Eesti_Ajutine_Maanoukogu, lk 9
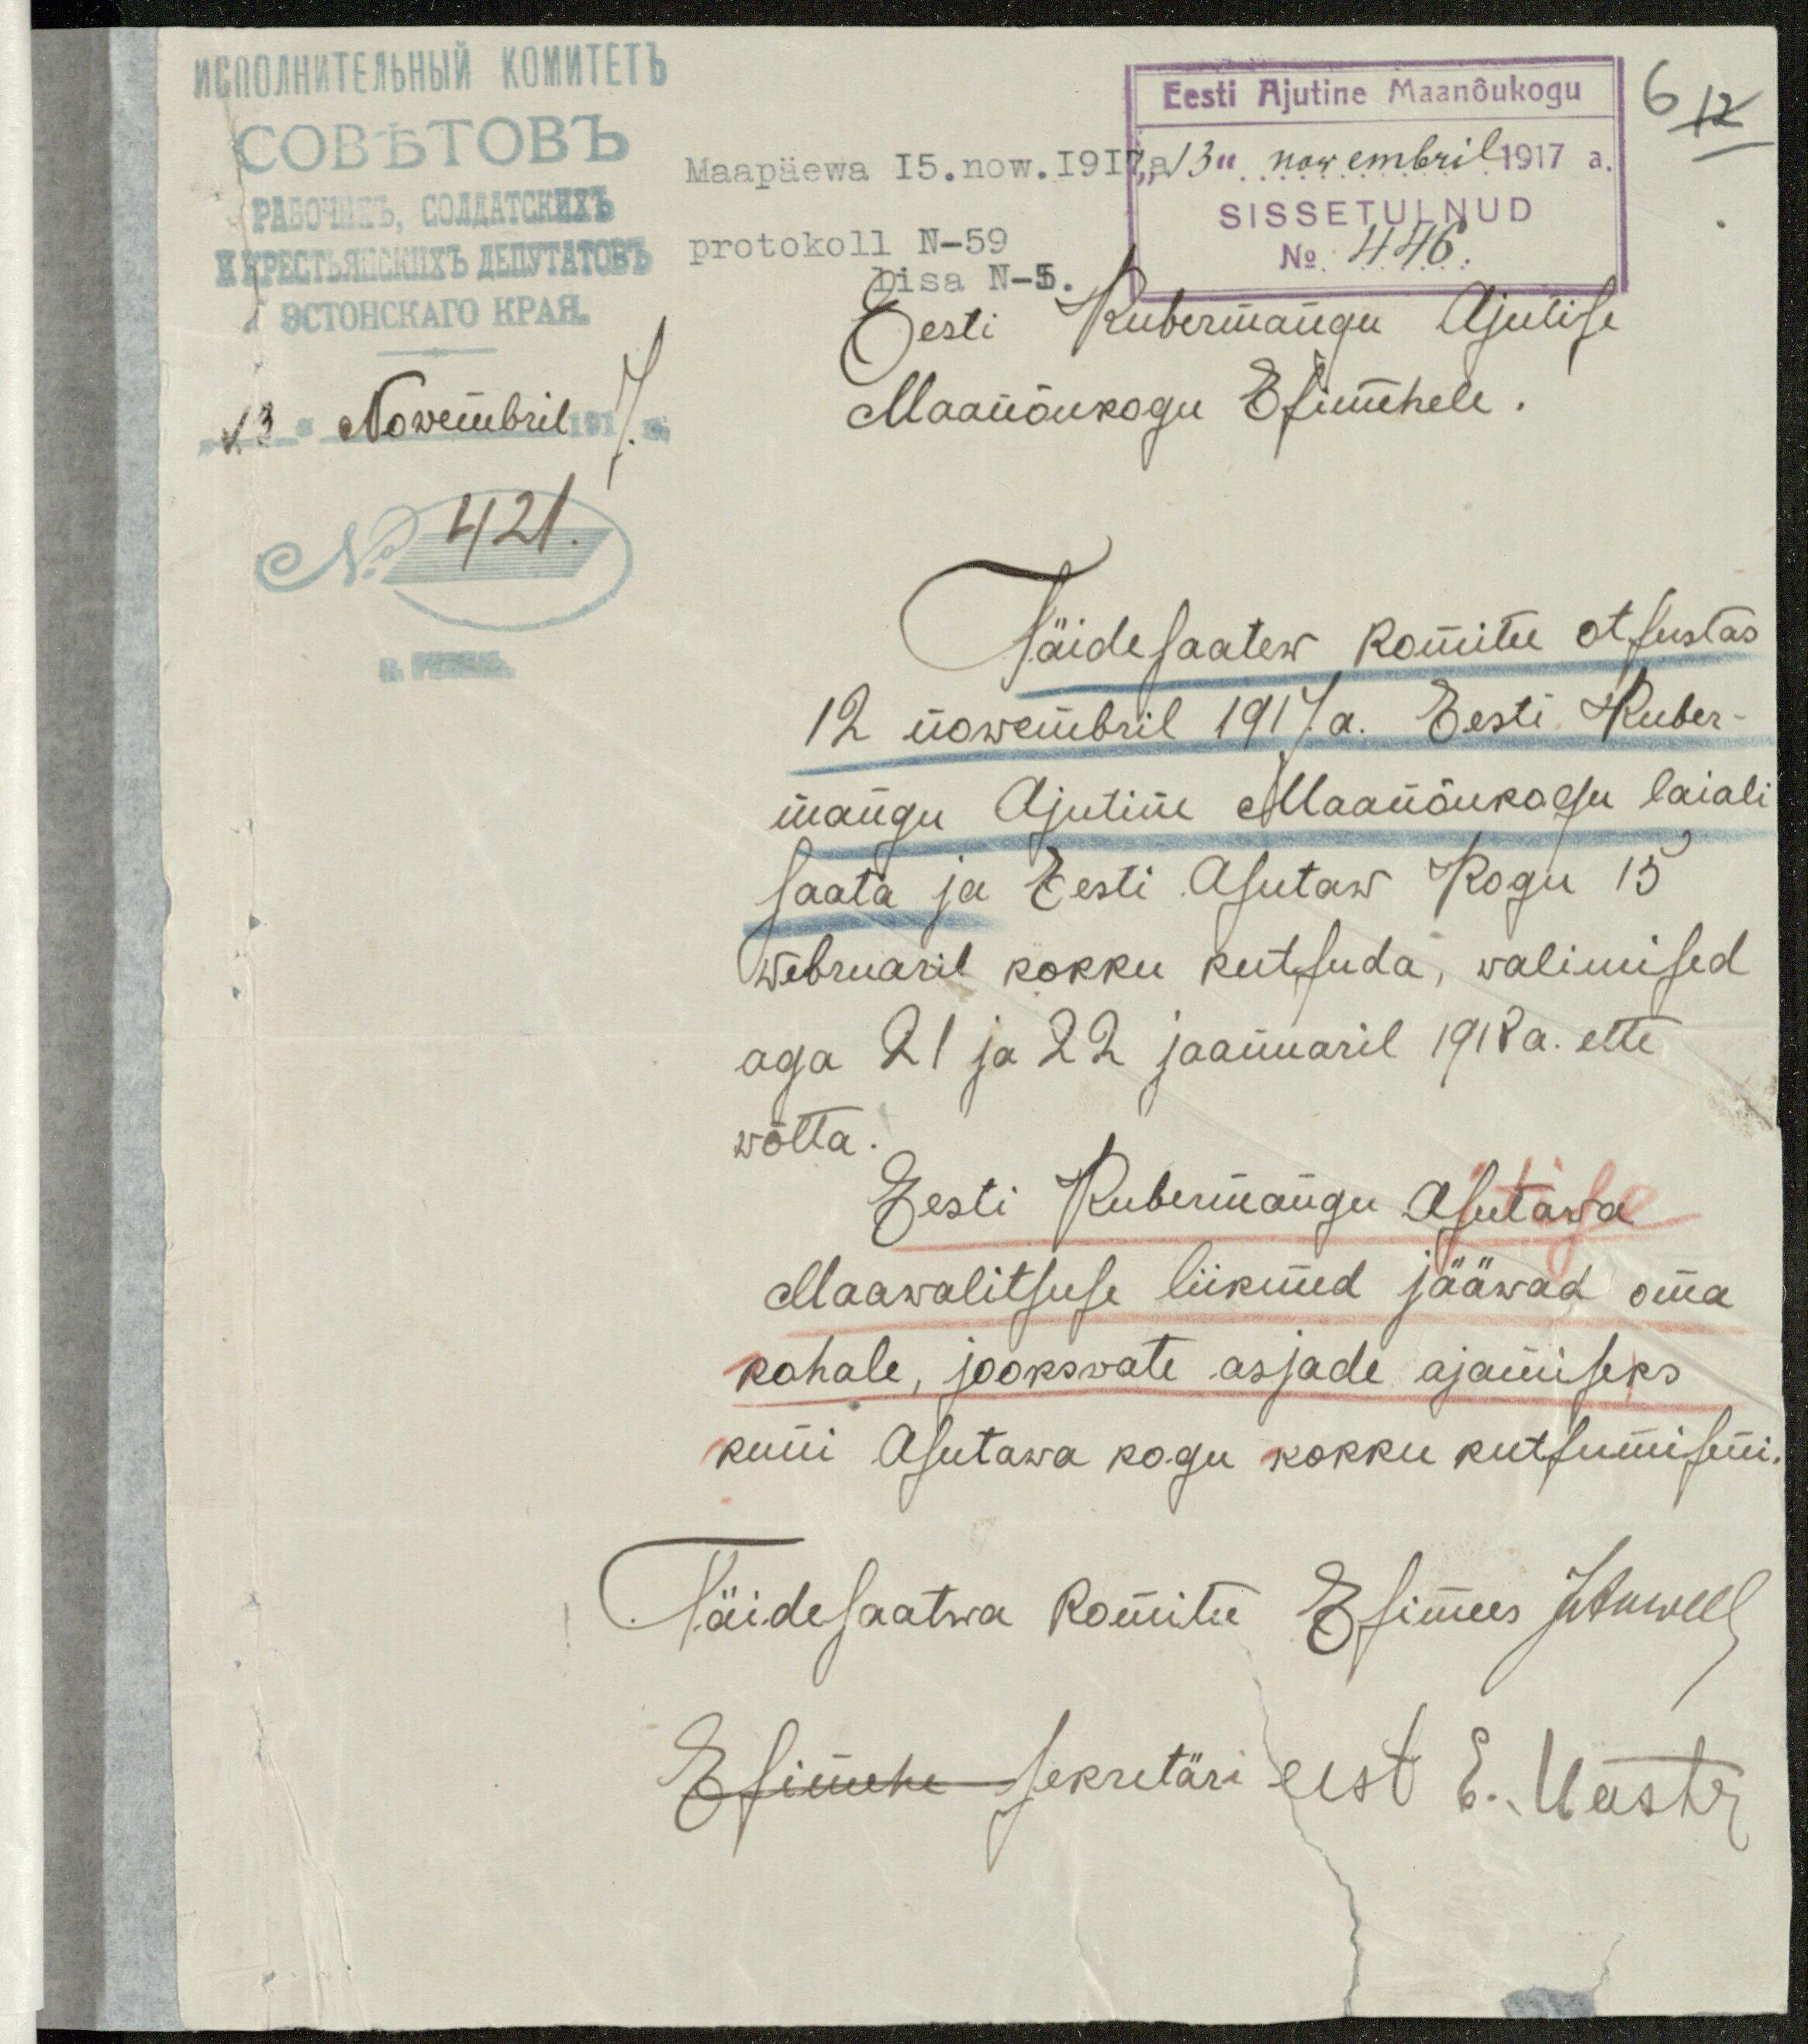
"13" Nowembril 1917. a
No 421.

Ees Ajutine Maanõukogu
Maapäewa 15.now.I917s 13" nowembril 1917 a.
SISSETULNUD
protokoll N-59
No 446.
lisa N-5
Eesti Kubermangu Ajutise
Maanõukogu Esimehele.
Täidesaatew Komitee otsustas
12 nowembril 1917a. Eesti Kuber-
mangu Ajutine Mlaanõukogu laiali
saata ja Eesti Asutaw Kogu 15
Webruaril kokku kutsuda, walimised
aga 21 ja 22 jaamuaril 1918 a. ette
wõtta.
Eesti Kubermangu Asutawa
Maawalitsuse liikmed jääwad oma
kohale, jookswate asjade ajamiseks
kuni Asutawa kogu kokku kutsumiseni.
Täidesaatwa Komitee Esimees J. Anwelt
Esimehe sekretäri eest E. Meister